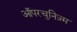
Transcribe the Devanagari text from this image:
ऑपरचुनिज़्म